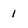
Character: 1